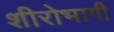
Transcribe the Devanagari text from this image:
शीरोभागी